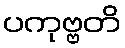
ပကုဗ္ဗတိ